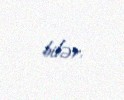
bilər.